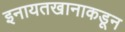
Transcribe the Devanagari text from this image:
इनायतखानाकडून